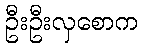
ဦးဦးလှစောက